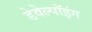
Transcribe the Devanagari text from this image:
डेवेल्पॉइंग